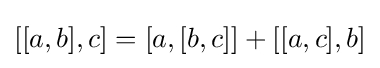
[[a,b],c]=[a,[b,c]]+[[a,c],b]